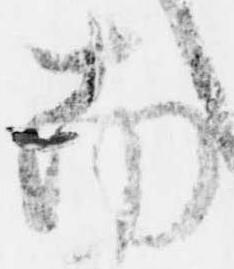
南